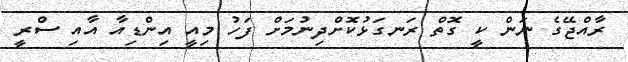
ރާއްޖޭގެ ނަން ކީ ގޮތް ރަނގަޅުކޮށްދިނުމަށް ފަހު މިއީ އިންޑިއާ އާއި ސްރީ